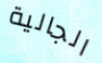
الجالية